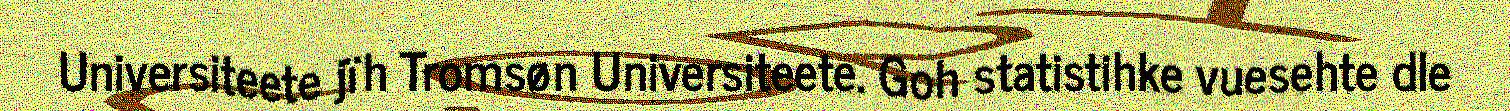
Universiteete jïh Tromsøn Universiteete. Goh statistihke vuesehte dle